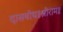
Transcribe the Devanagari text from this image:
दासबोध॥श्रीराम॥